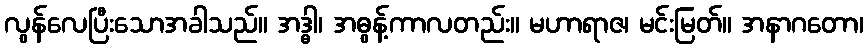
လွန်လေပြီးသောအခါသည်။ အဒ္ဓါ၊ အဓွန့်ကာလတည်း။ မဟာရာဇ၊ မင်းမြတ်။ အနာဂတော၊